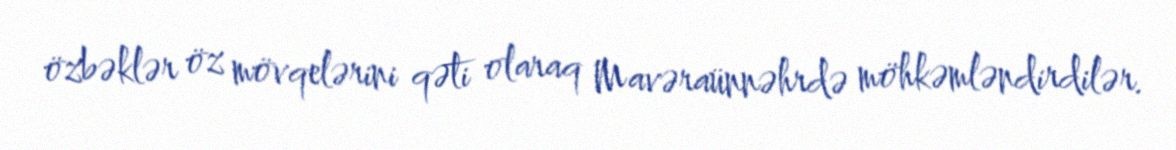
özbəklər öz mövqelərini qəti olaraq Mavəraünnəhrdə möhkəmləndirdilər.